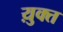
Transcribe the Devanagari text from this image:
य़ुक्त